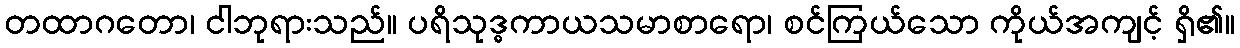
တထာဂတော၊ ငါဘုရားသည်။ ပရိသုဒ္ဓကာယသမာစာရော၊ စင်ကြယ်သော ကိုယ်အကျင့် ရှိ၏။